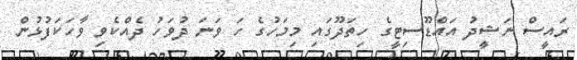
ރައީސް ނަޝީދު އައްޑޫސިޓީގެ ހިތަދޫގައި މިމަހުގެ ހަ ވަނަ ދުވަހު ދެއްކެވި ވާހަކަފުޅުން